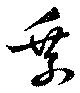
乗